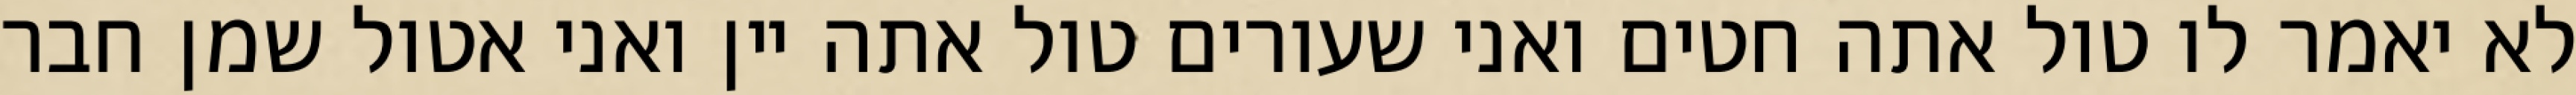
לא יאמר לו טול אתה חטים ואני שעורים טול אתה יין ואני אטול שמן חבר